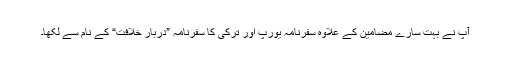
آپ نے بہت سارے مضامین کے علاوہ سفرنامہ یورپ اور ترکی کا سفرنامہ ”دربارِ خلافت“ کے نام سے لکھا۔